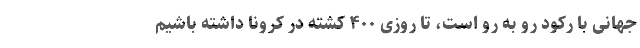
جهانی با رکود رو به رو است، تا روزی ۴۰۰ کشته در کرونا داشته باشیم